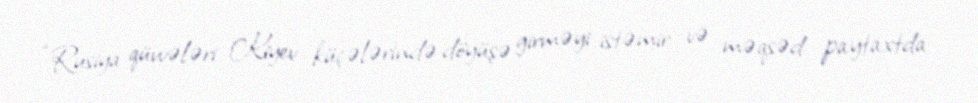
“Rusiya qüvvələri Kiyev küçələrində döyüşə girməyi istəmir və məqsəd paytaxtda